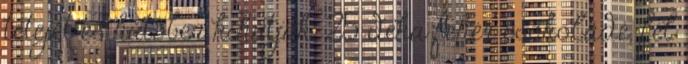
tetejét és hűtőben kihűtjük. 25 deka fehér csokoládé, fél